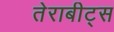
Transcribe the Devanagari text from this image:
तेराबीट्स